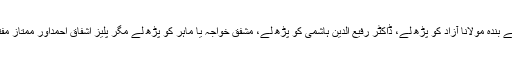
اس سے بہتر ہے بندہ مولانا آزاد کو پڑھ لے، ڈاکٹر رفیع الدین ہاشمی کو پڑھ لے، مشفق خواجہ یا ماہر کو پڑھ لے مگر پلیز اشفاق احمداور ممتاز مفتی بالکل نہیں !